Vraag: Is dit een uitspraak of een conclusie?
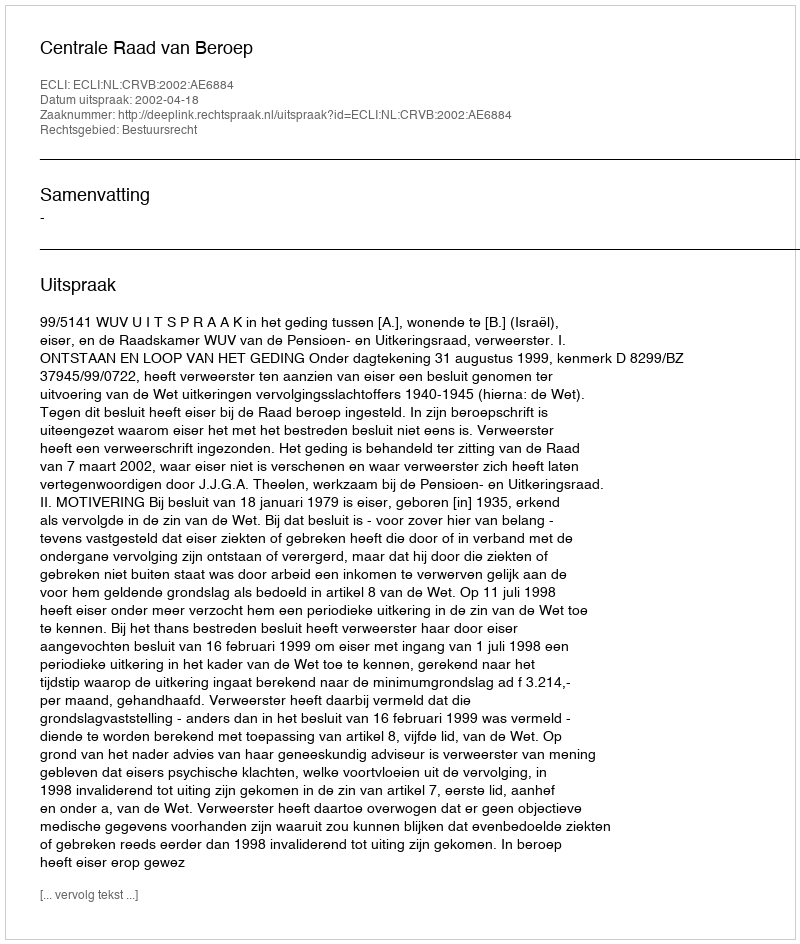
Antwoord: Uitspraak